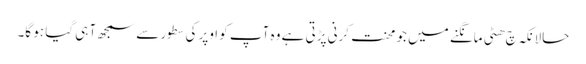
حالانکہ چ ھٹی مانگنے میں جو محنت کرنی پڑتی ہے وہ آپ کو اوپر کی سطور سے سمجھ آ ہی گیا ہو گا۔